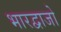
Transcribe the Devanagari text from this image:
भारद्वाजो